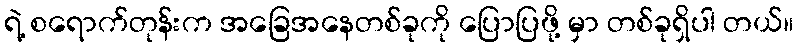
ရဲ့ စရောက်တုန်းက အခြေအနေတစ်ခုကို ပြောပြဖို့ မှာ တစ်ခုရှိပါ တယ်။